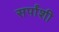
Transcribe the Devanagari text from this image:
सर्पांशी